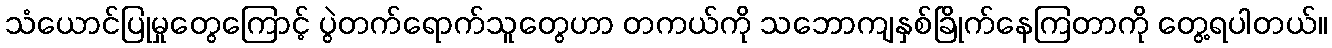
သံယောင်ပြုမှုတွေကြောင့် ပွဲတက်ရောက်သူတွေဟာ တကယ်ကို သဘောကျနှစ်ခြိုက်နေကြတာကို တွေ့ရပါတယ်။